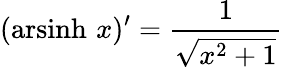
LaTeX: (\operatorname{arsinh}\, x)^{\prime}={\frac{1}{\sqrt{x^{2}+1}}}